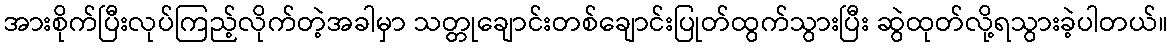
အားစိုက်ပြီးလုပ်ကြည့်လိုက်တဲ့အခါမှာ သတ္တုချောင်းတစ်ချောင်းပြုတ်ထွက်သွားပြီး ဆွဲထုတ်လို့ရသွားခဲ့ပါတယ်။